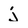
Character: j